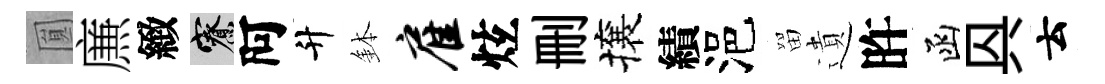
圎㢘緻寮阿升鉢雇炫删攘績浥㽞遺旿函㒷云